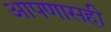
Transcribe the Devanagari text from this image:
आपणासही